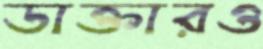
ডাক্তারও